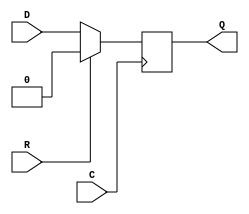
/* A Verilator model
 */
module SB_DFFSR
  ( input C,D,R,
    output reg Q
    );
   initial
     Q = 1'b0;
   always @(posedge C)
     Q <= R ? 1'b0 : D;
endmodule